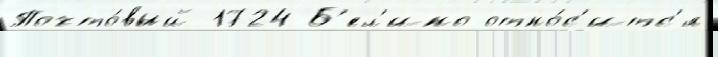
Почто́вый 1724 Б'ел'ино отно́с'итс'я